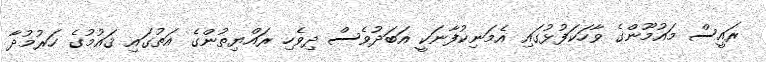
ރައީސް މައުމޫންގެ ވާހަކަފުޅުގައި އެމަނިކުފާނަކީ އަބަދުވެސް ދިވެހި ރައްޔިތުންގެ އަތުގައި ޤައުމުގެ ހަރުމުދާ